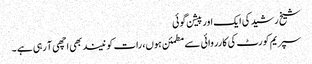
شیخ رشید کی ایک اور پیشن گوئی
سپریم کورٹ کی کارروائی سے مطمئن ہوں، رات کو نیند بھی اچھی آ رہی ہے ۔